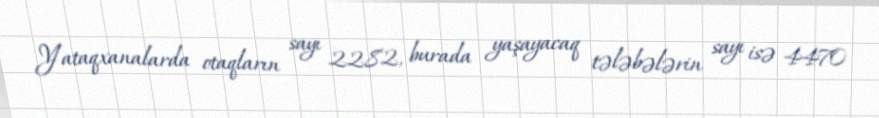
Yataqxanalarda otaqların sayı 2282, burada yaşayacaq tələbələrin sayı isə 4470